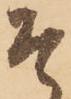
そ